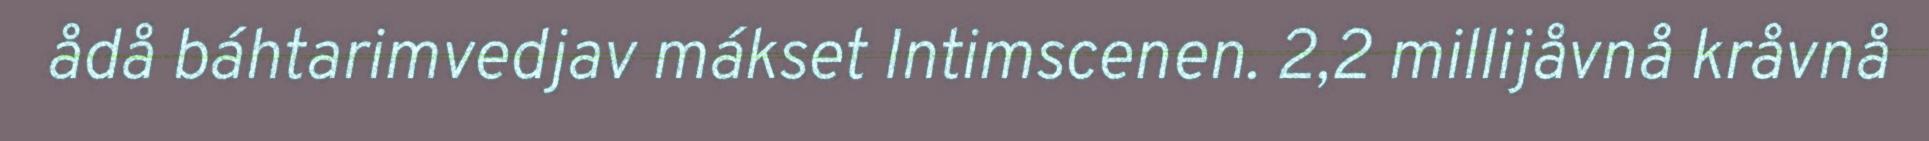
ådå báhtarimvedjav mákset Intimscenen. 2,2 millijåvnå kråvnå